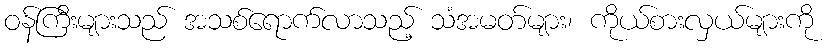
ဝန်ကြီးများသည် အသစ်ရောက်လာသည့် သံအမတ်များ၊ ကိုယ်စားလှယ်များကို